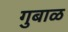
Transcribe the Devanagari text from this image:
गुबाळ